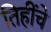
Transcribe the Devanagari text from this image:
तिहींचे